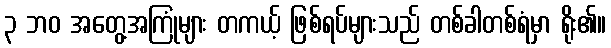
၃ ဘဝ အတွေ့အကြုံများ တကယ့် ဖြစ်ရပ်များသည် တစ်ခါတစ်ရံမှာ ရိုး၏။